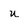
Character: u